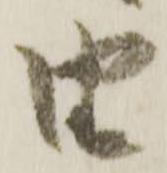
由